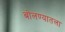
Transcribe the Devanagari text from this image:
बोलण्यातला